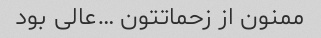
ممنون از زحماتتون …عالی بود